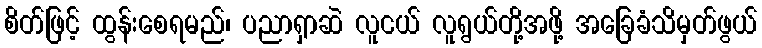
စိတ်ဖြင့် ထွန်းစေရမည်၊ ပညာရှာဆဲ လူငယ် လူရွယ်တို့အဖို့ အခြေခံသိမှတ်ဖွယ်